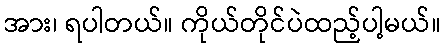
အား၊ ရပါတယ်။ ကိုယ်တိုင်ပဲထည့်ပါ့မယ်။